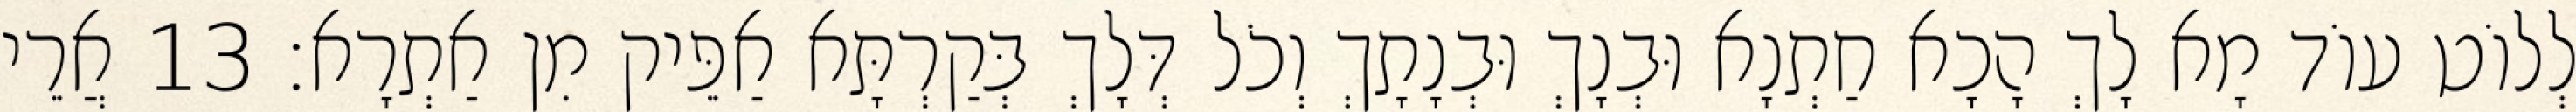
לְלוֹט עוֹד מָא לָךְ הָכָא חַתְנָא וּבְנָךְ וּבְנָתָךְ וְכֹל דְּלָךְ בְּקַרְתָּא אַפֵּיק מִן אַתְרָא׃ 13 אֲרֵי